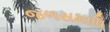
જળસમાધિ